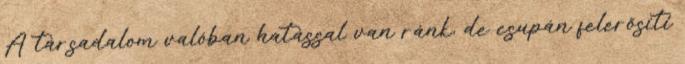
A társadalom valóban hatással van ránk, de csupán felerősíti